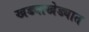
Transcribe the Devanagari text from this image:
खड्याखेड्यात